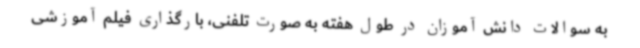
به سوالات دانش آموزان در طول هفته به صورت تلفنی، بارگذاری فیلم آموزشی